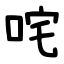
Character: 咤